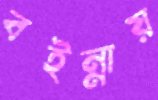
বইন্নায়